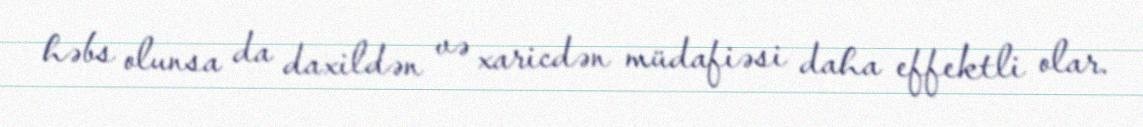
həbs olunsa da daxildən və xaricdən müdafiəsi daha effektli olar.